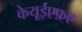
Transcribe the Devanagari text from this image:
केयूईएफ़ए